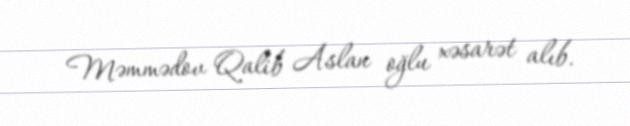
Məmmədov Qalib Aslan oğlu xəsarət alıb.